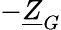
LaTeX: -\underline{{Z}}_{G}